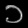
Digit: ၁